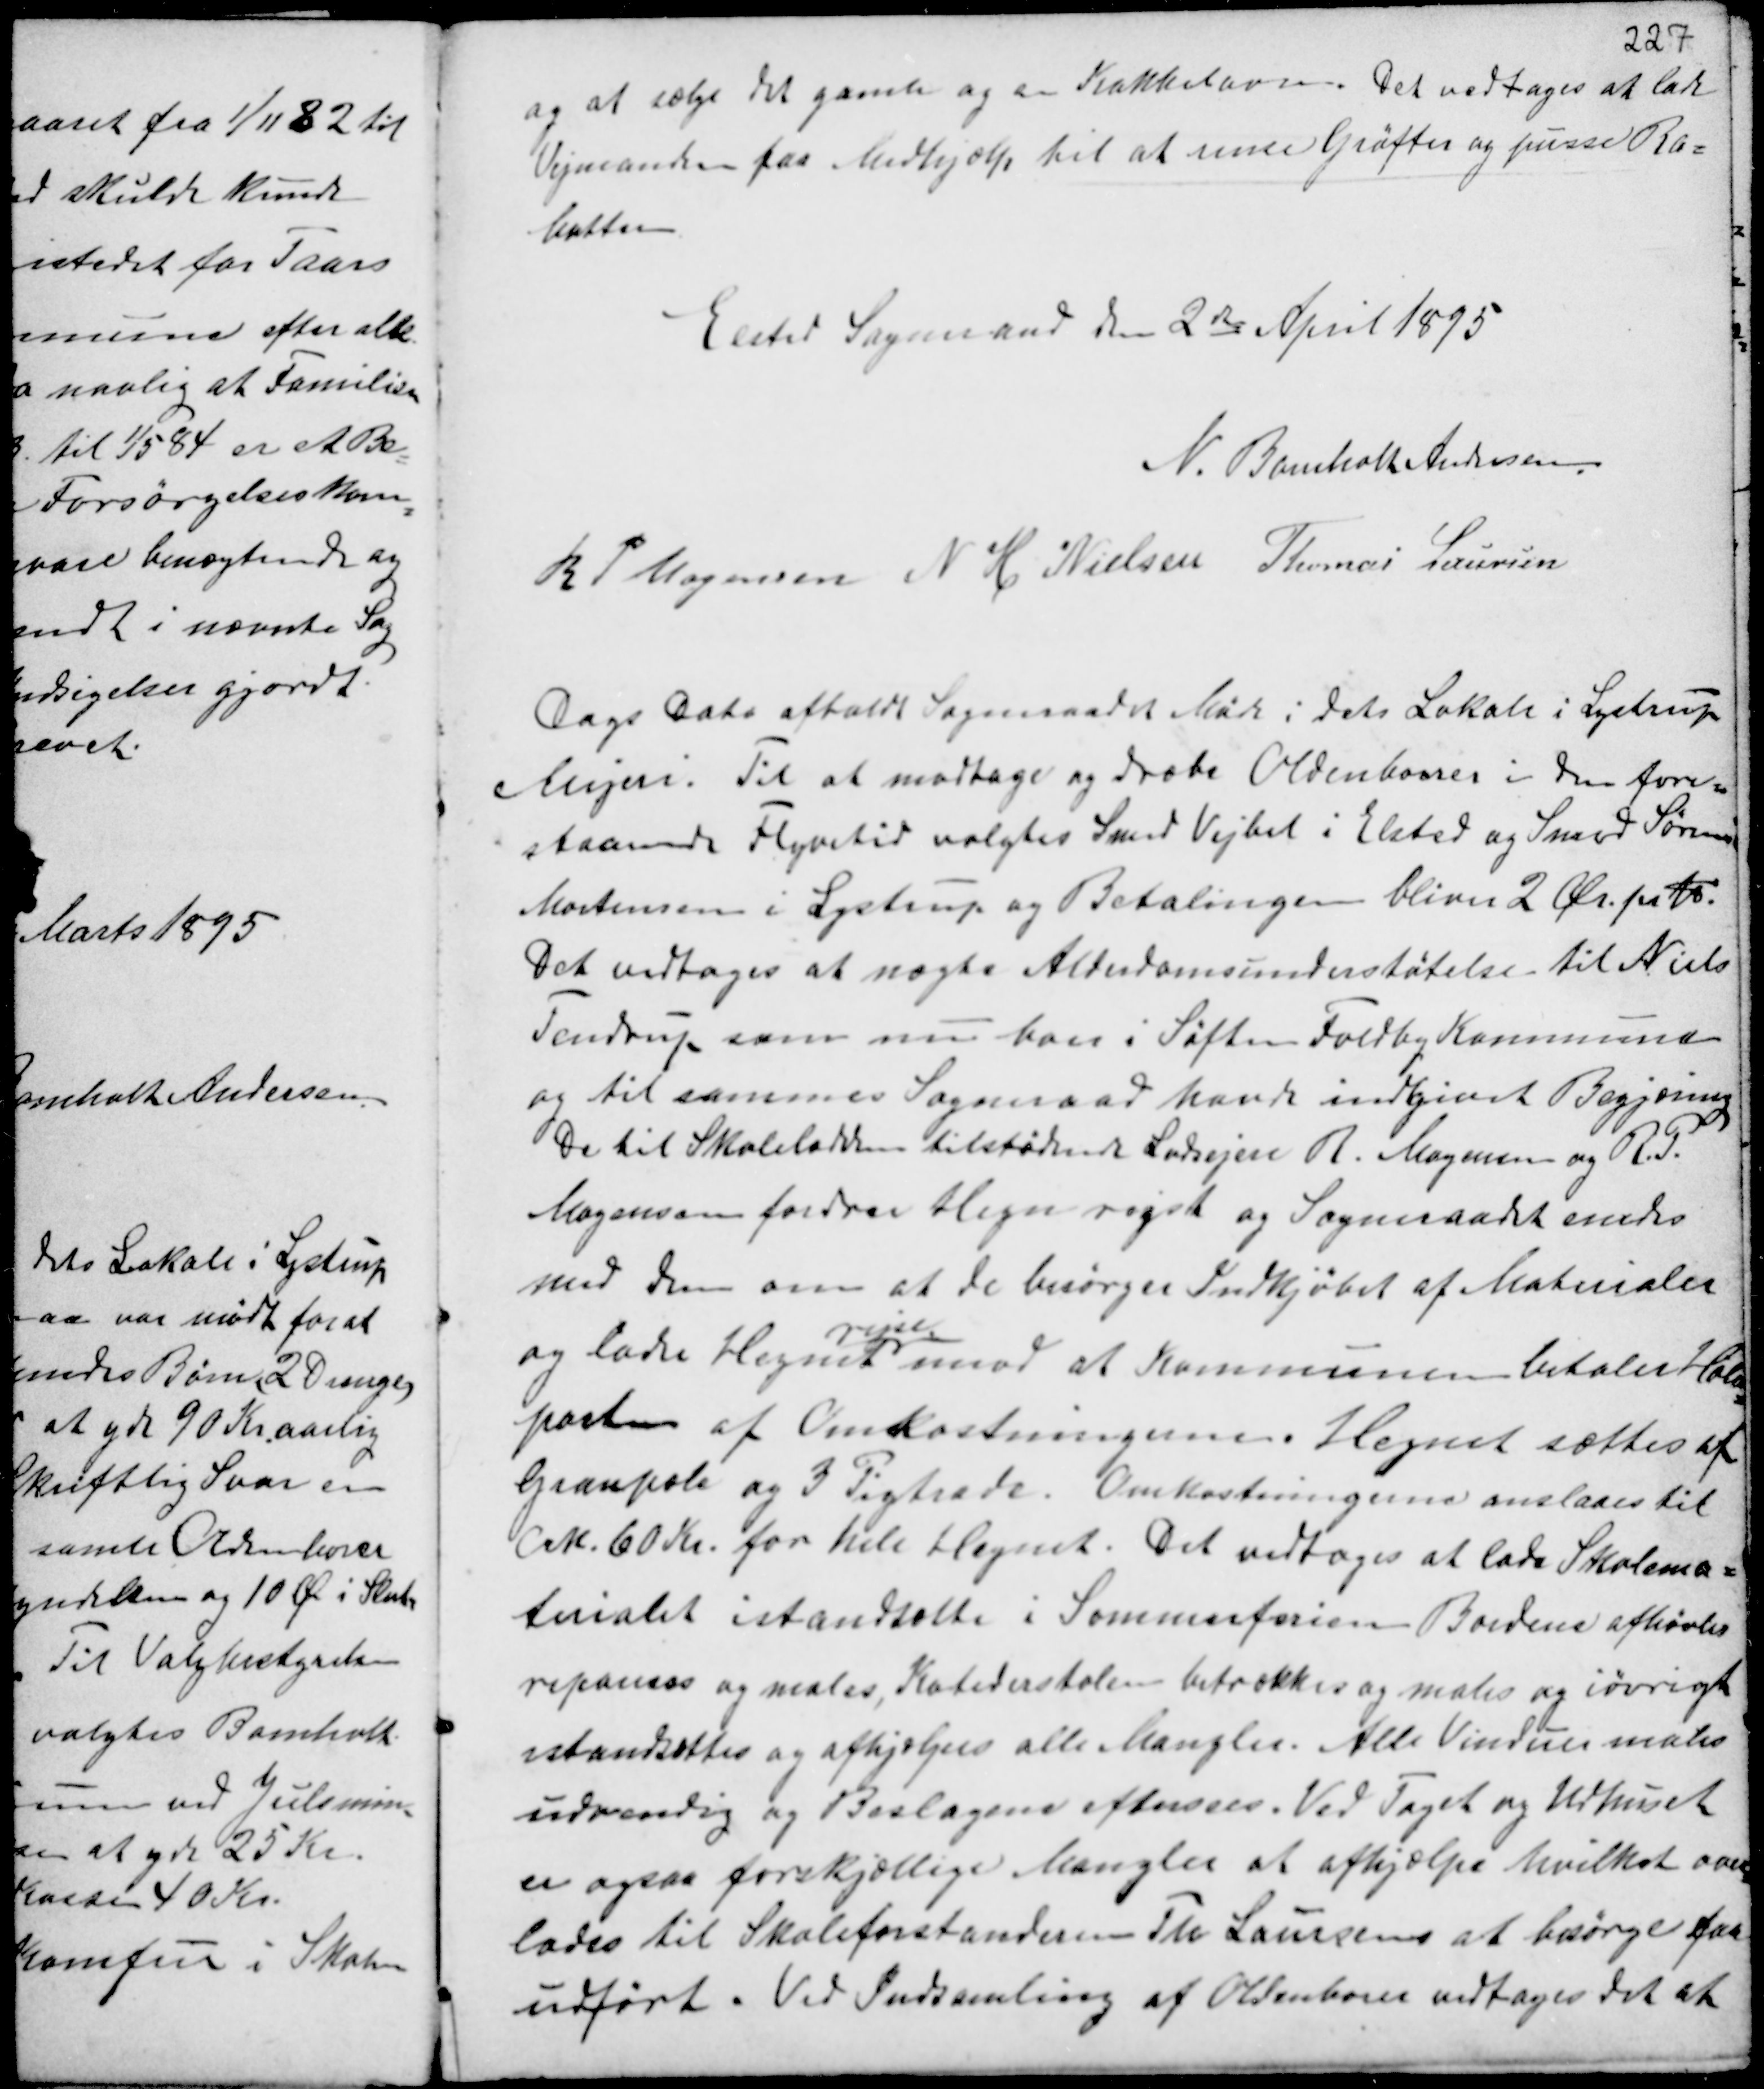
Transskription:
og at sælge det gamle og en Kakkelovn. Det vedtoges at lade
Vejmanden faa Medhjælp til at rense Grøften og passe Ra-
batten.

Elsted Sogneraad den 2de April 1895
N. Bomholt Andersen
R P Mogensen N H Nielsen Thomas Laursen

Dags Dato afholdt Sogneraadet Møde i dets Lokale i Lystrup
Mejeri. Til at modtage og dræbe Oldenborrer i den fore-
staaende Flyvetid valgtes Smed Vejbel i Elsted og Smed Søren
Mortensen i Lystrup og Betalingen bliver 2 Ør. pr Td.
Det vedtoges at nægte Alderdomsunderstøttelse til Niels
Tendrup som nu boer i Søften Foldby Kommune
og til sammes Sogneraad havde indgivet Begjæring
De til Skolelodden tilstødende Lodsejere R. Mogensen og R.P.
Mogensen fordrer Hegn rejst og Sogneraadet enedes
med dem om at de besørger Indkjøbet af Materialer
og lader Hegnet
rejse
mod at Kommunen betaler Hov-
parten af Omkostningerne. Hegnet sættes af
Granpæle og 3 Pigtrade. Omkostningerne anslaaes til
Crk. 60 Kr. for hele Hegnet. Det vedtoges at lade Skolema-
trialet istandsætte i Sommerferien. Bordene afhøvles
repareres og males, Katederstolen betrækkes og males og iøvrigt
istandsættes og afhjælpes alle Mangler. Alle Vinduer males
udvendig og Beslagene efterses. Ved Taget og Udhuset
er ogsaa forskjellige Mangler at afhjælpe hvilket over-
lades til Skoleforstanderen Th Laursen at besørge for
udført. Ved Indsamling af Oldenborer vedtages det at